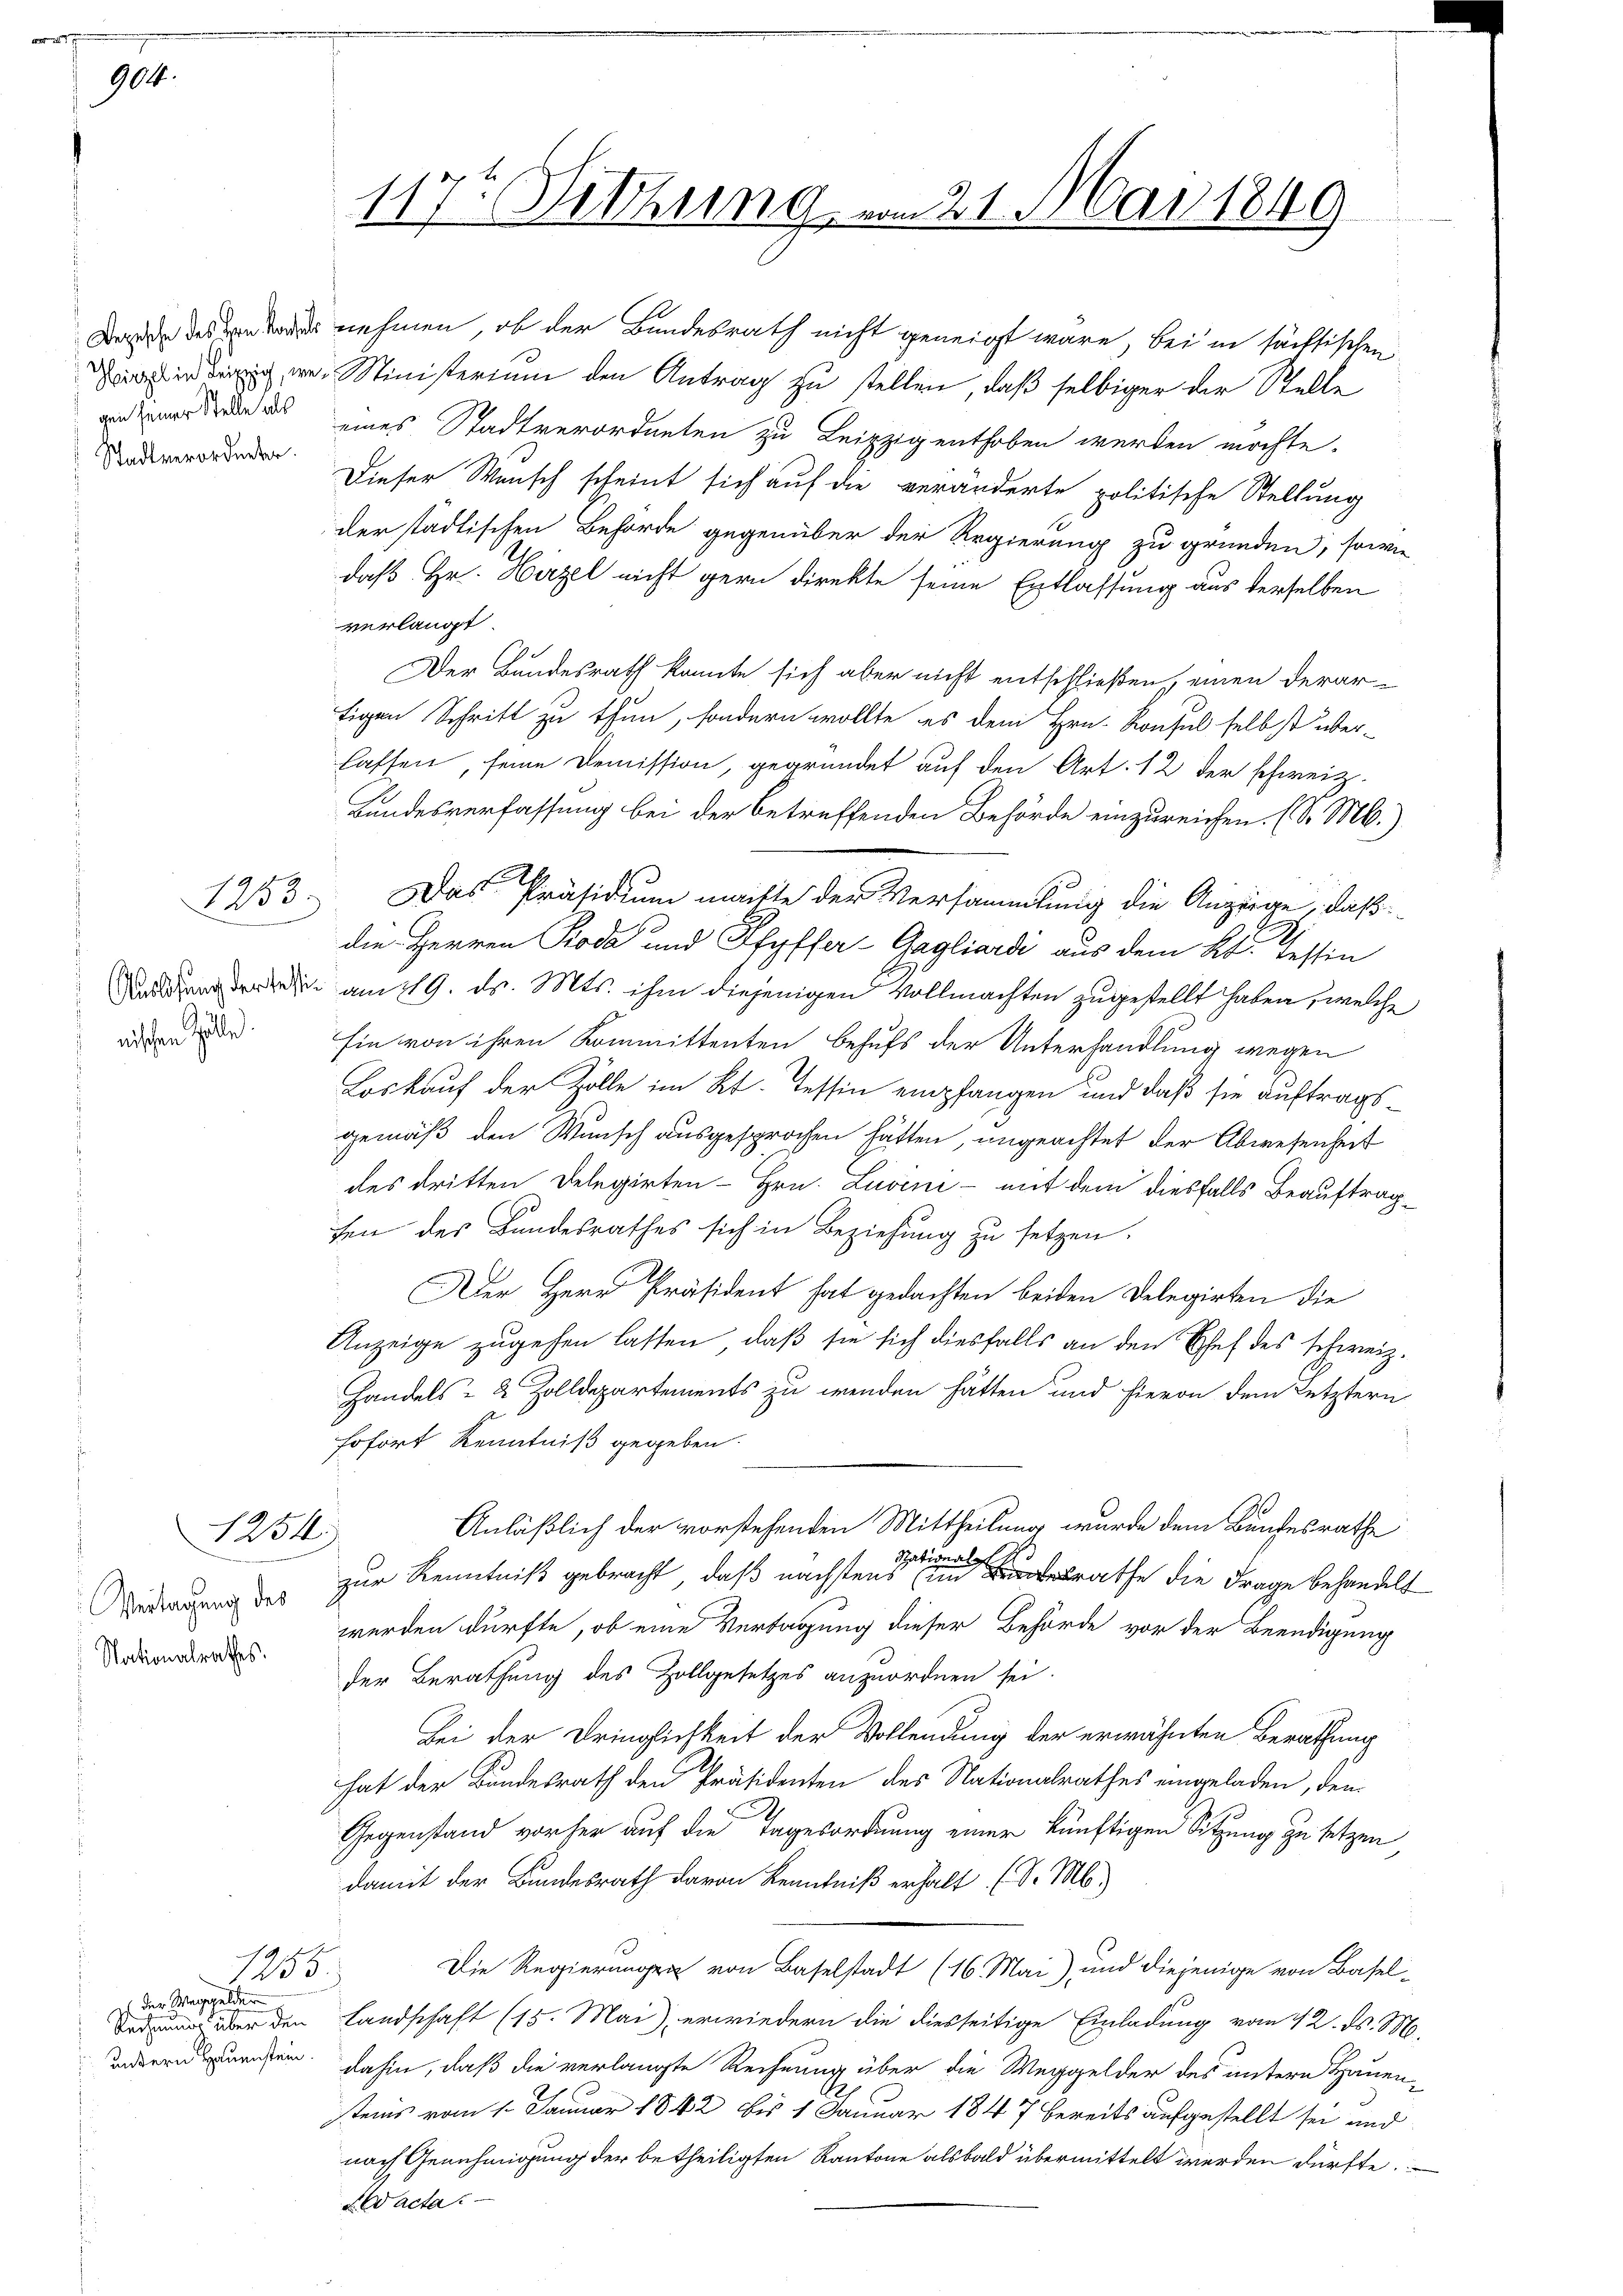
904.

Stadt verordneter.

nischen Zelle.

1253.

1254

Verlagung des
Nationalrathes.

1255.
 der Weggelder
Rechnung über den
untern Hauenstein.

117. Wittung vom 21. Mai 1849

Dade des er nehmen, ob der Bundesrath nicht geneigt wäre, bei in sächsischen
 Ministerium den Antrag zu stellen, daß selbiger der Stelle
mde es eines Stadtverordneten zu Leipzigenthoben werden möchte.
Dieser Wunsch scheint sich auf die veränderte politische Stellung
der städtischen Behörde gegenüber der Regierung zu gründen, sowie
daß Hr. Herzel nicht gern direkte seine Entlassung aus derselben
verlangt.
Der Bundesrath konnte sich aber nicht entschließen, einen derar-
tigen Schritt zu thun, sondern wollte es dem Hrn. Konsul selbst über-
lassen, seine Demission, gegründet auf den Art. 12 der schweiz.
Bundesverfassung bei der betreffenden Behörde einzureichen. (S. M.)
Das Präsidium machte der Versammlung die Anzeige, daß
die Herren Koda und Pfyffer-Gagliardi aus dem kk. Tessin
 am 19. ds. Mts. ihm diejenigen Vollmachten zugestellt haben, welche
Ein von ihren Kommittenten behufs der Unterhandlung wegen
Loskauf der Zolle im Kt. Tessin empfangen und daß sie auftragsgemäß den Wunsch ausgesprochen hätten, ungeachtet der Abwesenheit
des dritten Delegirten Hrn. Luvini - mit dem diesfalls Beauftrag
sen des Bundesrathes sich in Beziehung zu setzen.
Der Herr Präsident hat gedachten beiden Delegirten die
Anzeige zugehen lassen, daß sie sich diesfalls an den Chef des schweiz.
Handels- 2 Zolldepartements zu wenden hätten und hievon dem Letztern
sofort Kenntniß gegeben.
Anläßlich der vorstehenden Mittheilung wurde dem Bundesrathe
Stational
zur Kenntniß gebracht, daß nächstens in rathe die Frage behandelt
werden dürfte, ob eine Vertagung dieser Behörde vor der Beendigung
der Berathung des Zollgesetzes anzuordnen sei.
Bei der Dringlichkeit der Vollendung der erwähnten Berathung
hat der Bundesrath den Präsidenten des Nationalrathes eingeladen, dem
Gegenstand vorher auf die Tagesordnung einer künftigen Sitzung zu setzen,
damit der Bundesrath davon Kenntniß erhalt (S. M.)
Die Regierungen von Baselstadt (16. Mai) und diejenige von Basel¬
Landschaft (15. Mai) erwiedern die diesseitige Einladung vom 12. ds. M.
dahin, daß die verlangte Rechnung über die Weggelder des untern Hauen-
.
steins vom 1. Januar 1842 bis 1 Januar 1847 bereits aufgestellt sei und
nach Genehmigung der betheiligten Kantone alsbald übermittelt werden dürfte.
Wacta